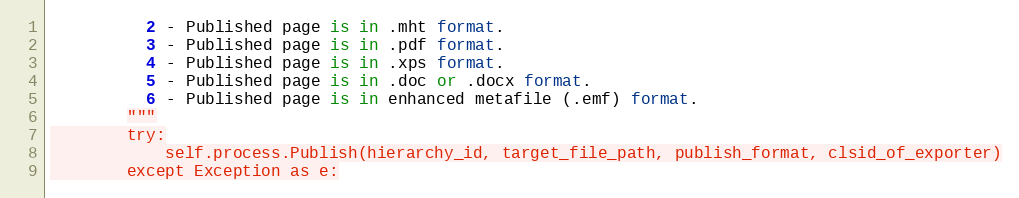
Language: Python
          2 - Published page is in .mht format.
          3 - Published page is in .pdf format.
          4 - Published page is in .xps format.
          5 - Published page is in .doc or .docx format.
          6 - Published page is in enhanced metafile (.emf) format.
        """
        try:
            self.process.Publish(hierarchy_id, target_file_path, publish_format, clsid_of_exporter)
        except Exception as e: